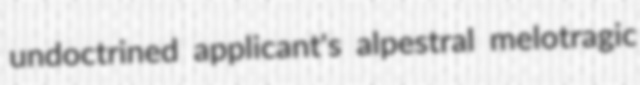
undoctrined applicant's alpestral melotragic